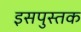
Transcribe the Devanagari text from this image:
इसपुस्तक